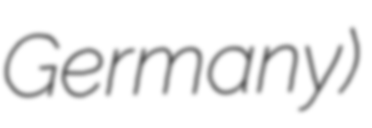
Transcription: Germany)